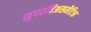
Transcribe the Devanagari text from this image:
सुपरचिअसमैटिक